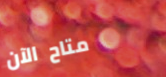
متاح الآن